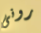
رونى